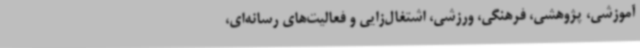
آموزشی، پژوهشی، فرهنگی، ورزشی، اشتغال‌زایی و فعالیت‌های رسانه‌ای،